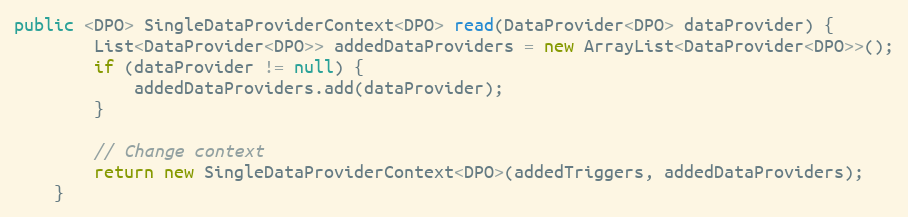
Language: Java
public <DPO> SingleDataProviderContext<DPO> read(DataProvider<DPO> dataProvider) {
        List<DataProvider<DPO>> addedDataProviders = new ArrayList<DataProvider<DPO>>();
        if (dataProvider != null) {
            addedDataProviders.add(dataProvider);
        }

        // Change context
        return new SingleDataProviderContext<DPO>(addedTriggers, addedDataProviders);
    }